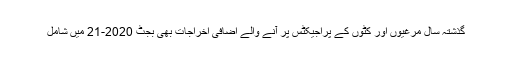
گذشتہ سال مرغیوں اور کٹوں کے پراجیکٹس پر آنے والے اضافی اخراجات بھی بجٹ 2020-21 میں شامل